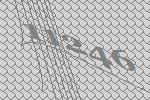
11246